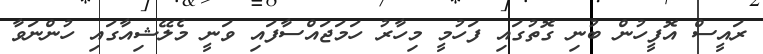
ރައީސް އޮފީހުން ބުނި ގޮތުގައި ފަހުމީ މިހާރު ހަމަޖައްސާފައި ވަނީ މެލޭޝިއާގައި ހުންނަވާ